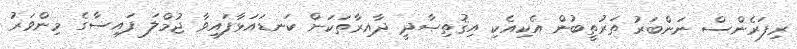
ރިފަރެންސް ނަންބަރު ތަރުތީބުން އެކިއެކި އިޤުތިޞާދީ ދާއިރާތަކަށް ކަނޑައަޅާފައިވާ ޖުމްލަ ފައިސާގެ މިންވަރު